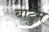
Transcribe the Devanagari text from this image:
बाटुम